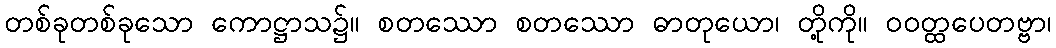
တစ်ခုတစ်ခုသော ကောဋ္ဌာသ၌။ စတဿော စတဿော ဓာတုယော၊ တို့ကို။ ဝဝတ္ထပေတဗ္ဗာ၊